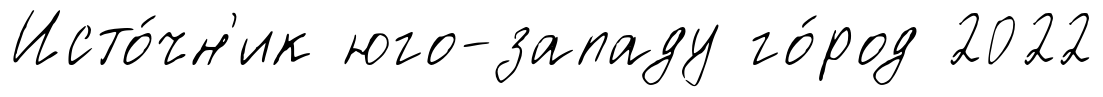
Исто́чн'ик юго-западу го́род 2022